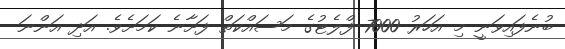
ބުނެފައިވަނީ މި އަހަރު 7000 ފްލެޓުގެ މަސައްކަތް ފަށާނެ ކަމަށެވެ. އަދި އަންނަ